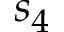
s _ { 4 }